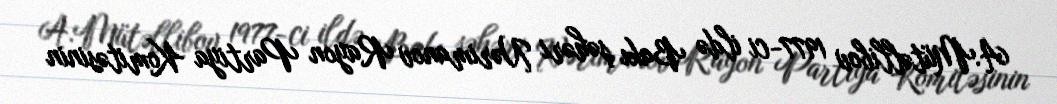
A.Mütəllibov 1977-ci ildə Bakı şəhəri Nərimanov Rayon Partiya Komitəsinin